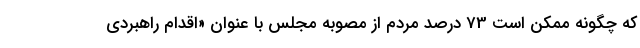
که چگونه ممکن است 73 درصد مردم از مصوبه مجلس با عنوان «اقدام راهبردی